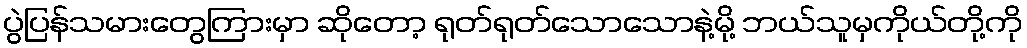
ပွဲပြန်သမားတွေကြားမှာ ဆိုတော့ ရုတ်ရုတ်သောသောနဲ့မို့ ဘယ်သူမှကိုယ်တို့ကို